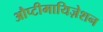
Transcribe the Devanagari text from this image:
औप्टीमायिज़ेशन